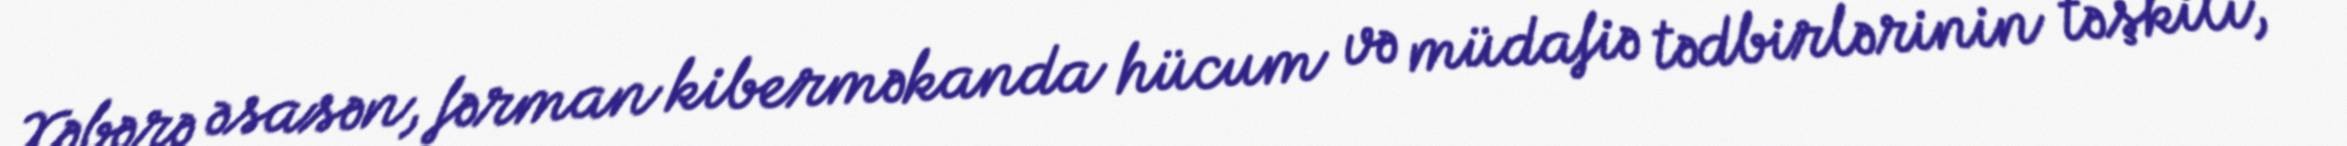
Xəbərə əsasən, fərman kiberməkanda hücum və müdafiə tədbirlərinin təşkili,